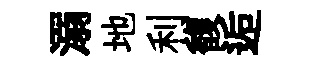
溺地利馥逅